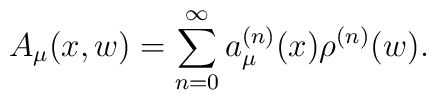
A_{\mu}(x, w)=\sum_{n=0}^{\infty}a^{(n)}_{\mu}(x)\rho^{(n)}(w).